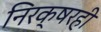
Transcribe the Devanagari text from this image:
निरक्षरही